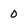
Character: 0